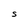
Character: S